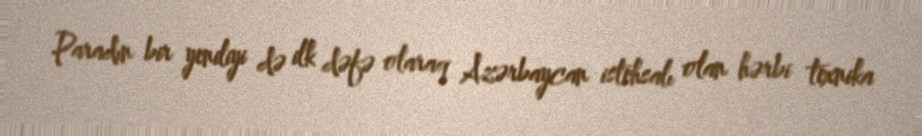
Paradın bir yeniliyi də ilk dəfə olaraq Azərbaycan istehsalı olan hərbi texnika